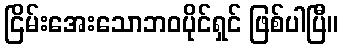
ငြိမ်းအေးသောဘဝပိုင်ရှင် ဖြစ်ပါပြီ။